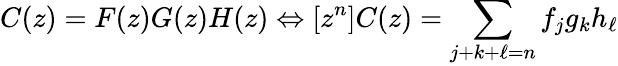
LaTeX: C(z)=F(z)G(z)H(z)\Leftrightarrow[z^{n}]C(z)=\sum_{j+k+\ell=n}f_{j}g_{k}h_{\ell}